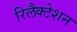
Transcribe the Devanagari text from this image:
रिलैक्टेशन